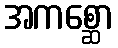
အကစ္ဆော